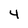
Character: 4